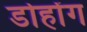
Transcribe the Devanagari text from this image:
डोहोंग